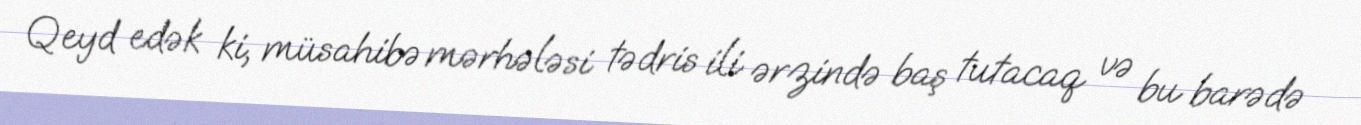
Qeyd edək ki, müsahibə mərhələsi tədris ili ərzində baş tutacaq və bu barədə